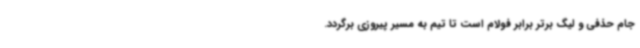
جام حذفی و لیگ برتر برابر فولام است تا تیم به مسیر پیروزی برگردد.